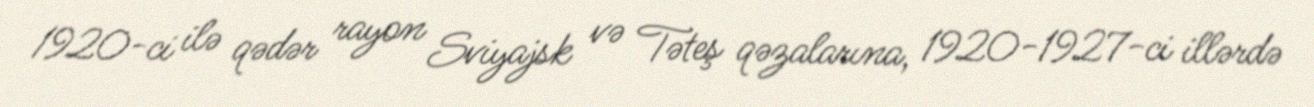
1920-ci ilə qədər rayon Sviyajsk və Təteş qəzalarına, 1920-1927-ci illərdə